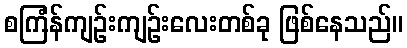
စကြံန်ကျဉ်းကျဉ်းလေးတစ်ခု ဖြစ်နေသည်။